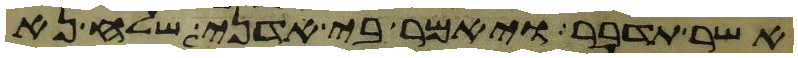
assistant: אשר תדבר ויאמר בי אדני שלח נא